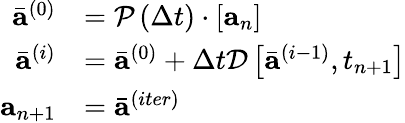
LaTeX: \begin{array}{r}{\begin{array}{rl}{\bar{\mathbf{a}}^{(0)}}&{=\mathcal{P}\left(\Delta t\right)\cdot\left[\mathbf{a}_{n}\right]}\\ {\bar{\mathbf{a}}^{(i)}}&{=\bar{\mathbf{a}}^{(0)}+\Delta t\mathcal{D}\left[\bar{\mathbf{a}}^{(i-1)},t_{n+1}\right]}\\ {\mathbf{a}_{n+1}}&{=\bar{\mathbf{a}}^{(iter)}}\end{array}}\end{array}